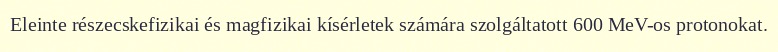
Eleinte részecskefizikai és magfizikai kísérletek számára szolgáltatott 600 MeV-os protonokat.